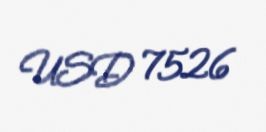
USD 7526